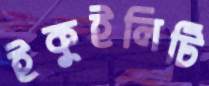
ইকুইলিটি